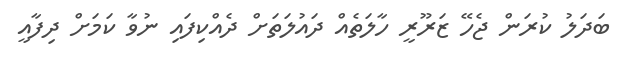
ބަދަލު ކުރަން ޖެހޭ ޒަރޫރީ ހާލަތެއް ދައުލަތަށް ދެއްކިފައި ނުވާ ކަމަށް ދިފާއީ